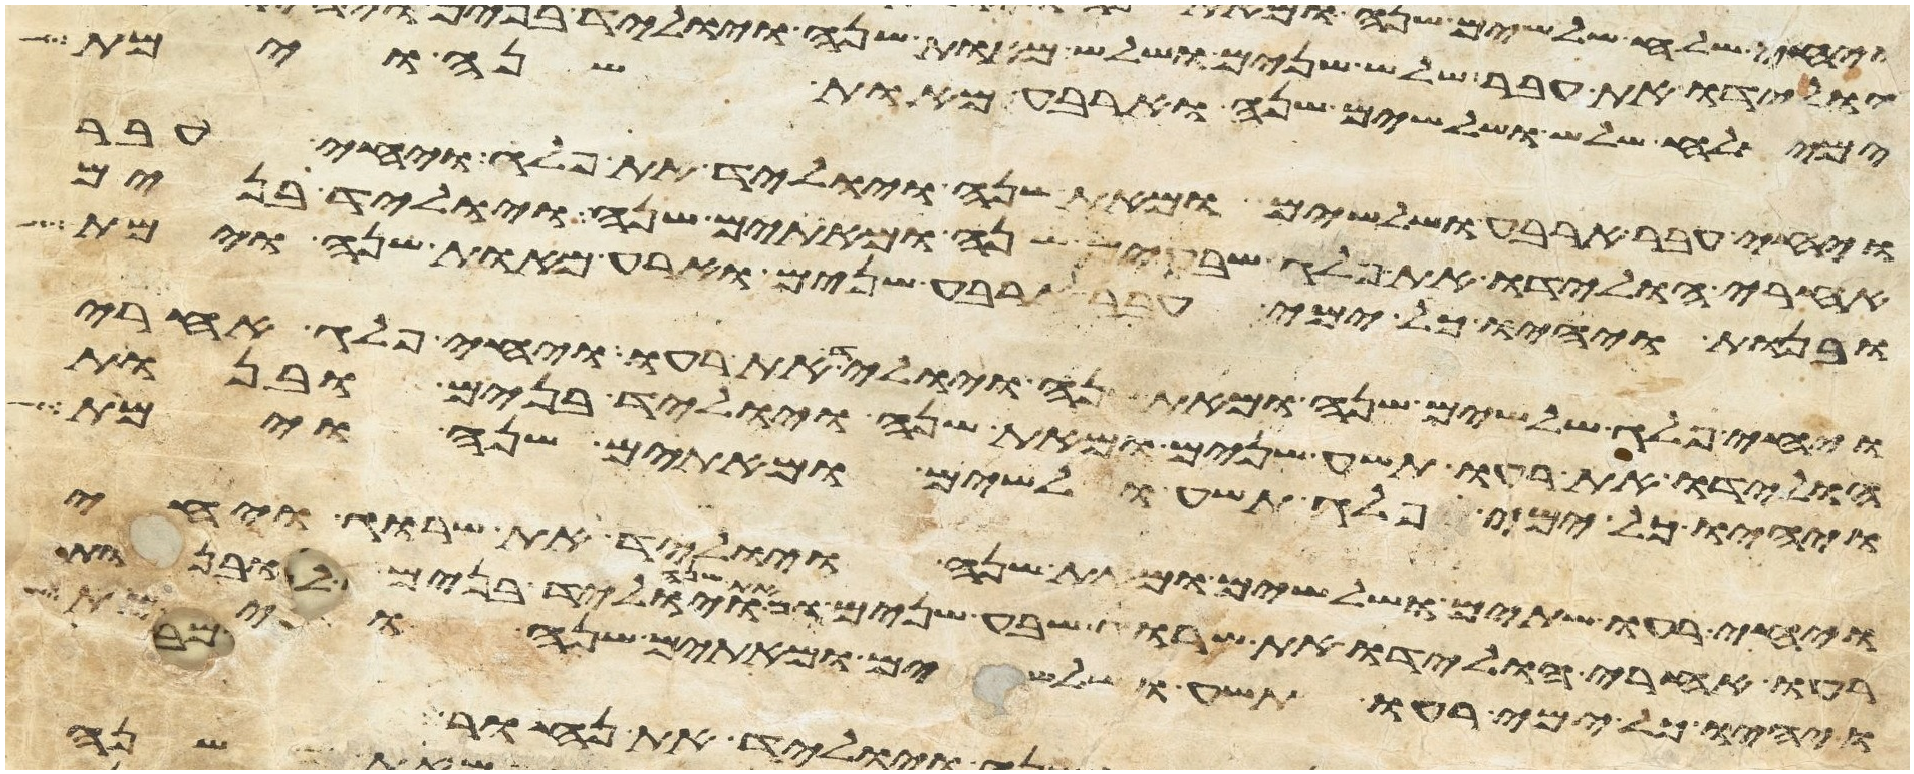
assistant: ימי שלח שלש ושלשים שנה וארבע מאות שנה וימת
ויחי עבר ארבע ושלשים ומאת שנה ויוליד את פלג ויחי עבר
אחרי הולידו את פלג שבעים שנה ומאתים שנה ויוליד בנים
ובנות ויהיו כל ימי עבר ארבע שנים וארבע מאות שנה וימת
ויחי פלג שלשים שנה ומאת שנה ויוליד את רעו ויחי פלג אחרי
הולידו את רעו תשע שנים ומאת שנה ויוליד בנים ובנות
ויהיו כל ימי פלג תשע ושלשים ומאתים שנה וימת
ויחי רעו שתים ושלשים ומאת שנה ויוליד את שרוג ויחי
רעו אחרי הולידו את שרוג שבע שנים ומאת שנה ויוליד בנים ובנות
ויהיו כל ימי רעו תשע ושלשים ומאתים שנה וימת